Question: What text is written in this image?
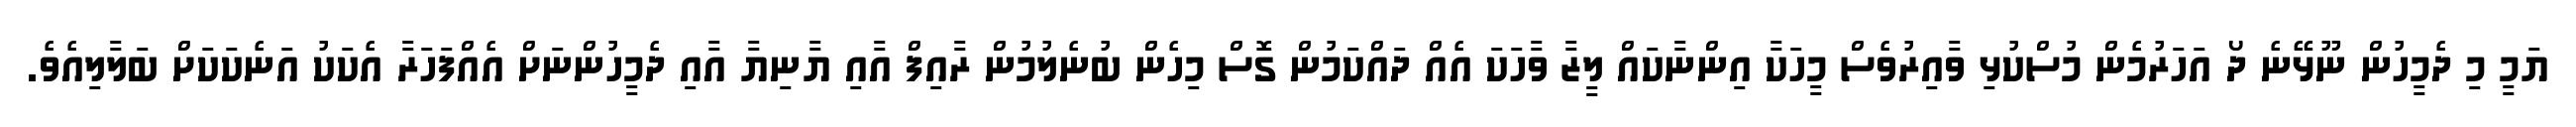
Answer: ޔަމީ މި ދެމީހުން ނޫޅޭނެ ދޯ އަހަރުމެން މުސްކުޅި ވާއިރުވެސް މީހަކާ އިންނާކައް ލީޒާ ވާހަކަ އެއް ދައްކަމުން ގޮސް މިހެން ބުނެލުމުން ރާއިފް އާއި ޔާނިޔާ އާއި ދެމީހުންނަށް އެއްފަހަރާ އެކަކު އަނެކަކަށް ބަލާލިއެވެ.